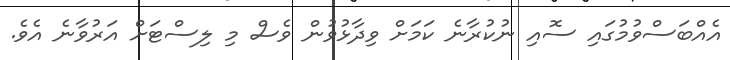
އެއްބަސްވުމުގައި ސޮއި ނުކުރާނެ ކަމަށް ވިދާޅުވުން ވެސް މި ލިސްޓަށް އަރުވާނެ އެވެ.